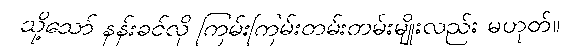
သို့သော် နန်းခင်လို ကြမ်းကြမ်းတမ်းတမ်းမျိုးလည်း မဟုတ်။